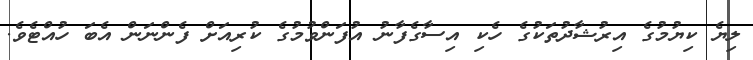
ލިޔެ ކިޔުމުގެ އިރުޝާދުތަކުގެ ހެކި އިސާގެފާނު އުފަންވުމުގެ ކުރިއަށް ފެންނަން އެބަ ހުއްޓެވެ.